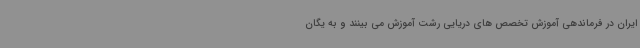
ایران در فرماندهی آموزش تخصص های دریایی رشت آموزش می بینند و به یگان